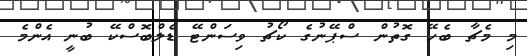
މި މެޗާ ބެހޭ ގޮތުން ސްޕޭނުގެ ކޯޗު ވިސަންޓޭ ޑެލްބޮސްކޭ ބުނީ އެންމެ